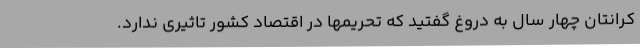
کرانتان چهار سال به دروغ گفتید که تحریمها در اقتصاد کشور تاثیری ندارد.